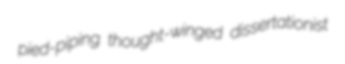
pied-piping thought-winged dissertationist